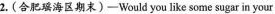
2. ( 合肥瑶海区期末 ) — Would you like some sugar in your